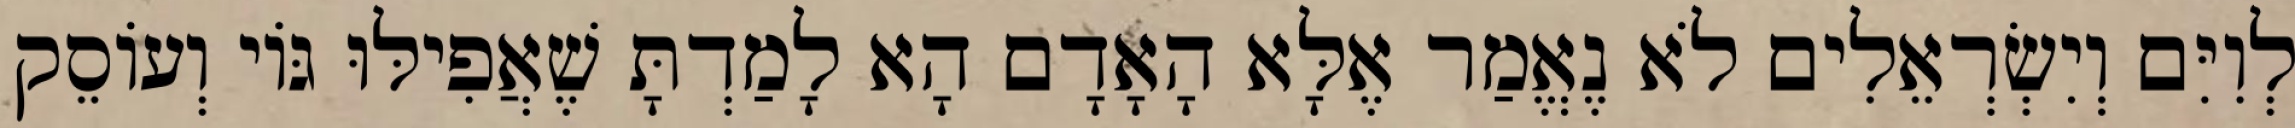
לְוִיִּם וְיִשְׂרְאֵלִים לֹא נֶאֱמַר אֶלָּא הָאָדָם הָא לָמַדְתָּ שֶׁאֲפִילּוּ גּוֹי וְעוֹסֵק